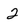
Character: 2